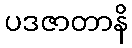
ပဒဇာတာနိ